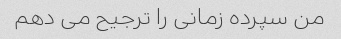
من سپرده زمانی را ترجیح می دهم